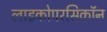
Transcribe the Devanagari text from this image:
लाइकोपरसिकॉन